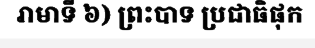
រាមាទី ៦) ព្រះបាទ ប្រជាធិផុក